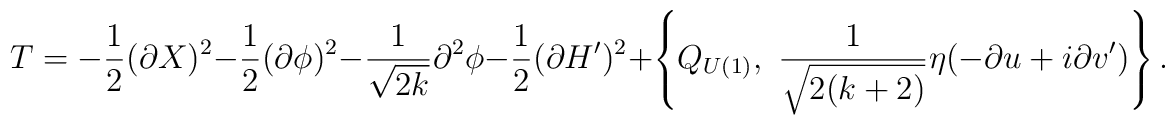
T=-\frac{1}{2}(\partial X)^2 -\frac{1}{2}(\partial \phi)^2 -\frac{1}{\sqrt{2k}}\partial^2\phi-\frac{1}{2}(\partial H')^2 +\left\{ Q_{U(1)},~ \frac{1}{\sqrt{2(k+2)}}\eta(-\partial u+i\partial v')\right\}.